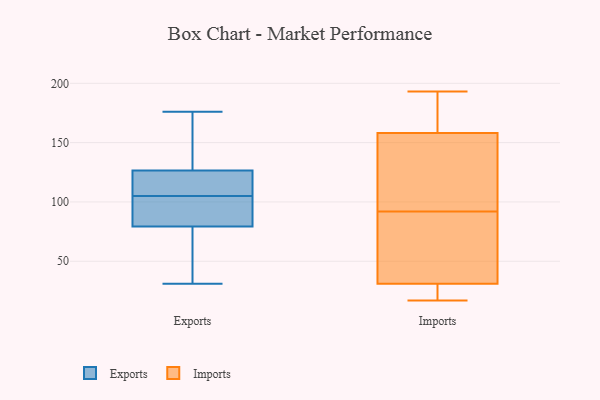
{"axis": {"x": "Budget (USD K)", "y": "Value"}, "legend": ["Exports", "Imports"], "data": [{"x": "", "y": 43, "type": "Exports"}, {"x": "", "y": 113, "type": "Exports"}, {"x": "", "y": 111, "type": "Exports"}, {"x": "", "y": 105, "type": "Exports"}, {"x": "", "y": 77, "type": "Exports"}, {"x": "", "y": 31, "type": "Exports"}, {"x": "", "y": 108, "type": "Exports"}, {"x": "", "y": 160, "type": "Exports"}, {"x": "", "y": 131, "type": "Exports"}, {"x": "", "y": 137, "type": "Exports"}, {"x": "", "y": 58, "type": "Exports"}, {"x": "", "y": 99, "type": "Exports"}, {"x": "", "y": 176, "type": "Exports"}, {"x": "", "y": 86, "type": "Exports"}, {"x": "", "y": 96, "type": "Exports"}, {"x": "", "y": 96, "type": "Imports"}, {"x": "", "y": 158, "type": "Imports"}, {"x": "", "y": 31, "type": "Imports"}, {"x": "", "y": 145, "type": "Imports"}, {"x": "", "y": 88, "type": "Imports"}, {"x": "", "y": 84, "type": "Imports"}, {"x": "", "y": 193, "type": "Imports"}, {"x": "", "y": 31, "type": "Imports"}, {"x": "", "y": 17, "type": "Imports"}, {"x": "", "y": 170, "type": "Imports"}]}